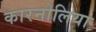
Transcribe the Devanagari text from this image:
कारनोलिया